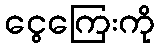
ငွေကြေးကို